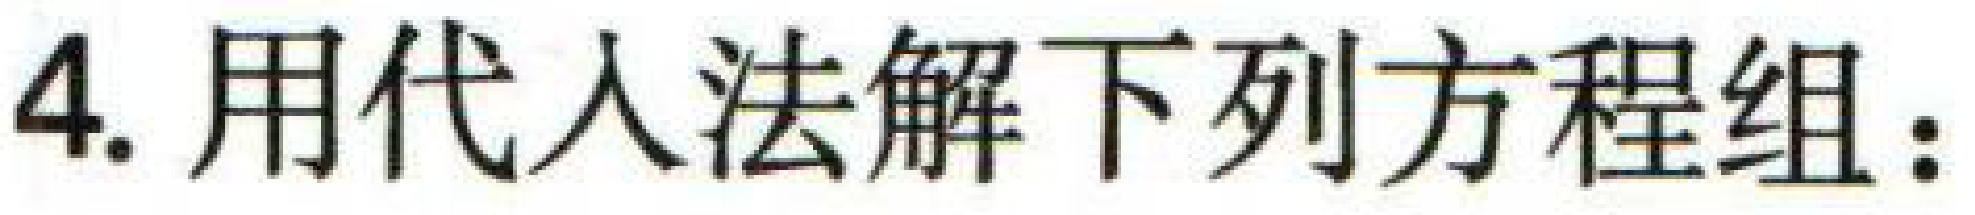
4. 用代入法解下列方程组：